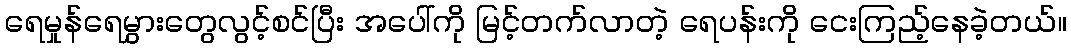
ရေမှုန်ရေမွှားတွေလွင့်စင်ပြီး အပေါ်ကို မြင့်တက်လာတဲ့ ရေပန်းကို ငေးကြည့်နေခဲ့တယ်။